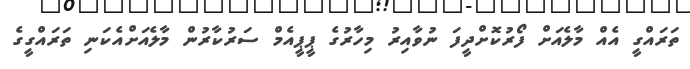
ތަރައްގީ އެއް މާލެއަށް ފޯރުކޮށްދީފަ ނުވާއިރު މިހާރުގެ ޕީޕީއެމް ސަރުކާރުން މާލެއަށްއެކަނި ތަރައްގީގެ